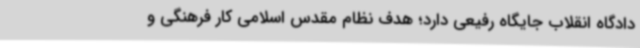
دادگاه انقلاب جایگاه رفیعی دارد؛ هدف نظام مقدس اسلامی کار فرهنگی و